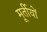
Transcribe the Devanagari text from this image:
मूर्तीयों